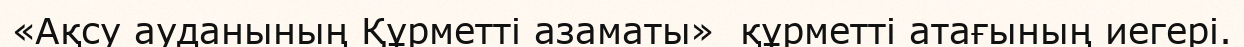
«Ақсу ауданының Құрметті азаматы»  құрметті атағының иегері.